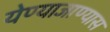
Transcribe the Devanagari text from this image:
येण्याजाण्यास